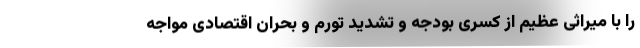
را با میراثی عظیم از کسری بودجه و تشدید تورم و بحران اقتصادی مواجه